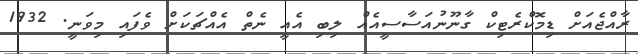
ރާއްޖެއަށް ޑިމޮކްރެޓިކް ގާނޫނުއަސާސީއެއް ލިބި އެއީ ނެތް އެއްޗަކަށް ވެފައި މިވަނީ. 1932